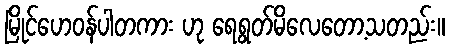
မြိုင်ဟေဝန်ပါတကား ဟု ရေရွတ်မိလေတော့သတည်း။